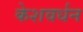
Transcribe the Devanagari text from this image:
केशवर्धन